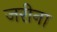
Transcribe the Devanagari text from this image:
जरीना